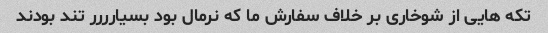
تکه هایی از شوخاری بر خلاف سفارش ما که نرمال بود بسیارررر تند بودند